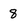
Character: 8